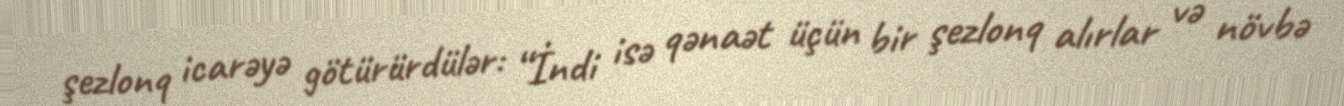
şezlonq icarəyə götürürdülər: “İndi isə qənaət üçün bir şezlonq alırlar və növbə